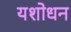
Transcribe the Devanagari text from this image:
यशोधन